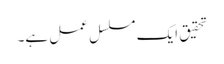
تحقیق ایک مسلسل عمل ہے۔